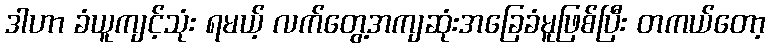
ဒါဟာ ခံယူကျင့်သုံး ရမယ့် လက်တွေ့အကျဆုံးအခြေခံမူဖြစ်ပြီး တကယ်တော့